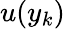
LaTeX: u(y_{k})